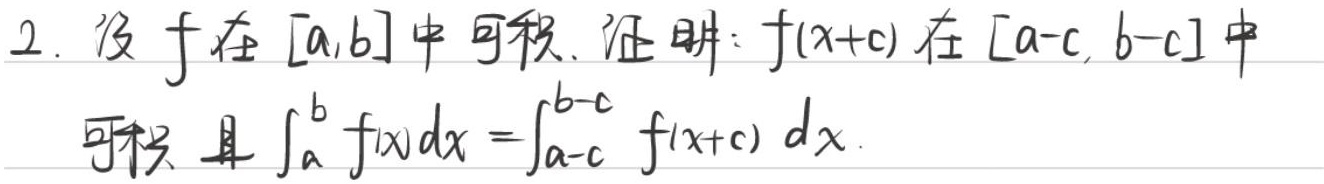
2. 设\(f\)在\([a,b]\)中可积。证明：\(f(x + c)\)在\([a - c, b - c]\)中可积且\(\int_{a}^{b} f(x)dx = \int_{a - c}^{b - c} f(x + c)dx\)。